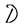
Character: D